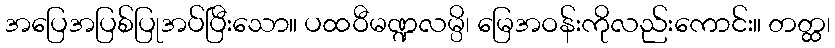
အပြေအပြစ်ပြုအပ်ပြီးသော။ ပထဝီမဏ္ဍလမ္ပိ၊ မြေအဝန်းကိုလည်းကောင်း။ တတ္ထ၊